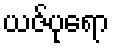
ယဇ်ပုရော